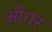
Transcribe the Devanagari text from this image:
औगर